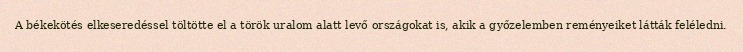
A békekötés elkeseredéssel töltötte el a török uralom alatt levő országokat is, akik a győzelemben reményeiket látták feléledni.